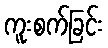
ကူးစက်ခြင်း